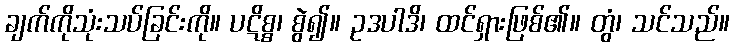
ချက်ကိုသုံးသပ်ခြင်းကို။ ပဋိစ္စ၊ စွဲ၍။ ဥဒပါဒိ၊ ထင်ရှားဖြစ်၏။ တွံ၊ သင်သည်။